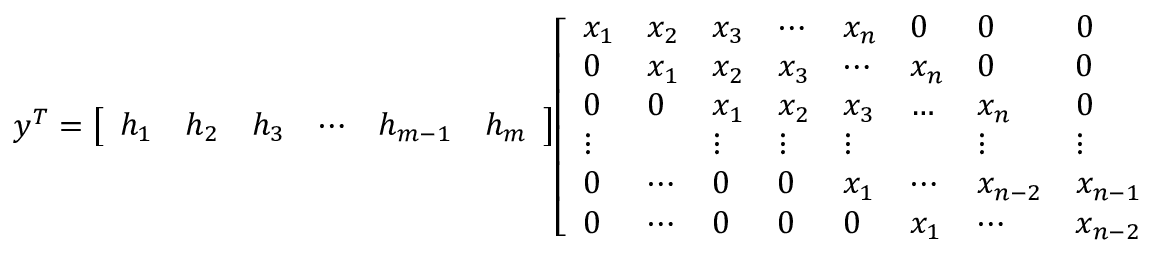
y ^ { T } = { \left[ \begin{array} { l l l l l l } { h _ { 1 } } & { h _ { 2 } } & { h _ { 3 } } & { \cdots } & { h _ { m - 1 } } & { h _ { m } } \end{array} \right] } { \left[ \begin{array} { l l l l l l l l l l } { x _ { 1 } } & { x _ { 2 } } & { x _ { 3 } } & { \cdots } & { x _ { n } } & { 0 } & { 0 } & { 0 } & { \cdots } & { 0 } \\ { 0 } & { x _ { 1 } } & { x _ { 2 } } & { x _ { 3 } } & { \cdots } & { x _ { n } } & { 0 } & { 0 } & { \cdots } & { 0 } \\ { 0 } & { 0 } & { x _ { 1 } } & { x _ { 2 } } & { x _ { 3 } } & { \ldots } & { x _ { n } } & { 0 } & { \cdots } & { 0 } \\ { \vdots } & { } & { \vdots } & { \vdots } & { \vdots } & { } & { \vdots } & { \vdots } & { } & { \vdots } \\ { 0 } & { \cdots } & { 0 } & { 0 } & { x _ { 1 } } & { \cdots } & { x _ { n - 2 } } & { x _ { n - 1 } } & { x _ { n } } & { 0 } \\ { 0 } & { \cdots } & { 0 } & { 0 } & { 0 } & { x _ { 1 } } & { \cdots } & { x _ { n - 2 } } & { x _ { n - 1 } } & { x _ { n } } \end{array} \right] } .